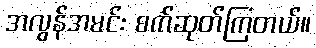
အလွန်အမင်း စက်ဆုတ်ကြတယ်။